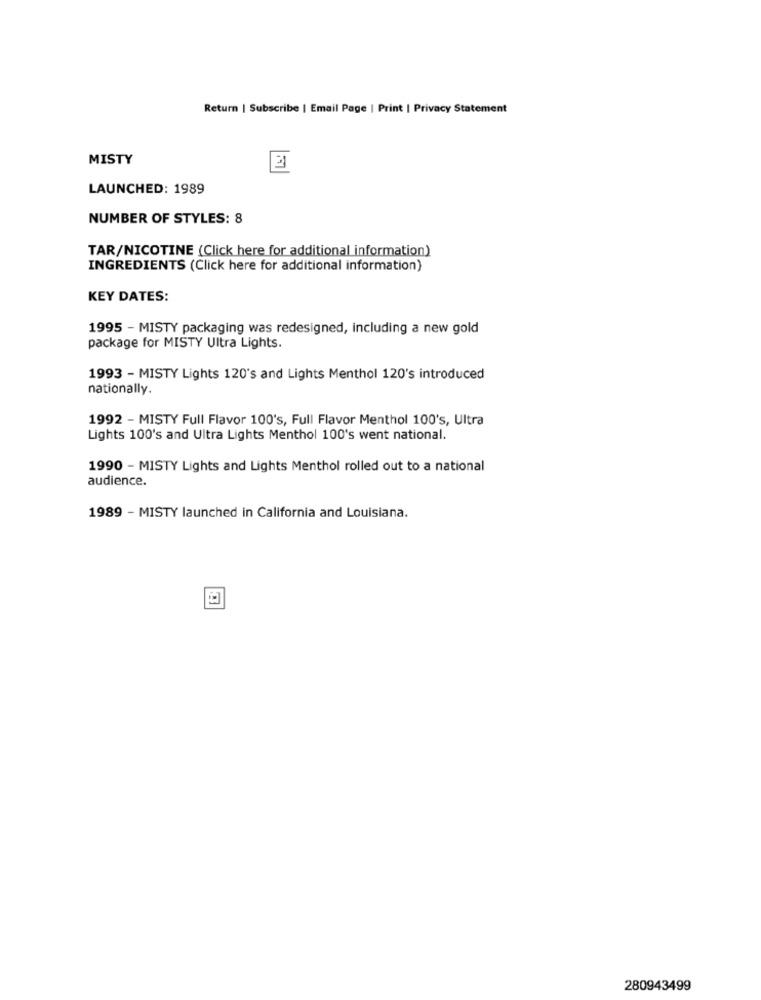
Return | Subscribe | Email Page | Print | Privacy Statement
MISTY
LAUNCHED: 1989
NUMBER OF STYLES: 8
TAR/NICOTINE (Click here for additional information)
INGREDIENTS (Click here for additional information)
KEY DATES:
1995 - MISTY packaging was redesigned, including a new gold
package for MISTY Ultra Lights.
1993 - MISTY Lights 120's and Lights Menthol 120's introduced
nationally.
1992 - MISTY Full Flavor 100's, Full Flavor Menthol 100's, Ultra
Lights 100's and Ultra Lights Menthol 100's went national.
1990 - MISTY Lights and Lights Menthol rolled out to a national
audience.
1989 - MISTY launched in California and Louisiana.
280943499